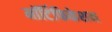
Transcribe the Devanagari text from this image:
मॉर्टिफिकेशन